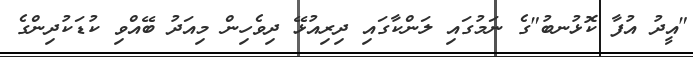
"އީދު އުފާ ކޮޅުނބު"ގެ ނަމުގައި ލަންކާގައި ދިރިއުޅޭ ދިވެހިން މިއަދު ބޭއްވި ކުޑަކުދިންގެ